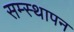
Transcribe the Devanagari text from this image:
सम्स्थापन